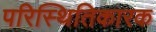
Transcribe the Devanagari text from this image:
परिस्थितिकारक